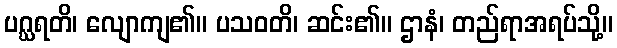
ပဂ္ဃရတိ၊ လျောကျ၏။ ပသဝတိ၊ ဆင်း၏။ ဌာနံ၊ တည်ရာအရပ်သို့။